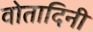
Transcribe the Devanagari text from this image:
वोतादिनी